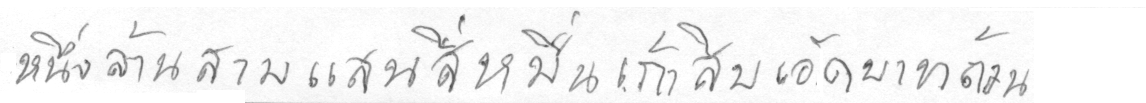
หนึ่งล้านสามแสนสี่หมื่นเก้าสิบเอ็ดบาทถ้วน